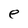
Character: e